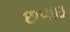
છપાઇ